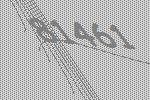
81461